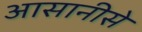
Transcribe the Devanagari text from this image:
आसानीसे